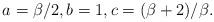
LaTeX: \begin{align*}a=\beta/2,b=1,c=(\beta+2)/\beta.\end{align*}